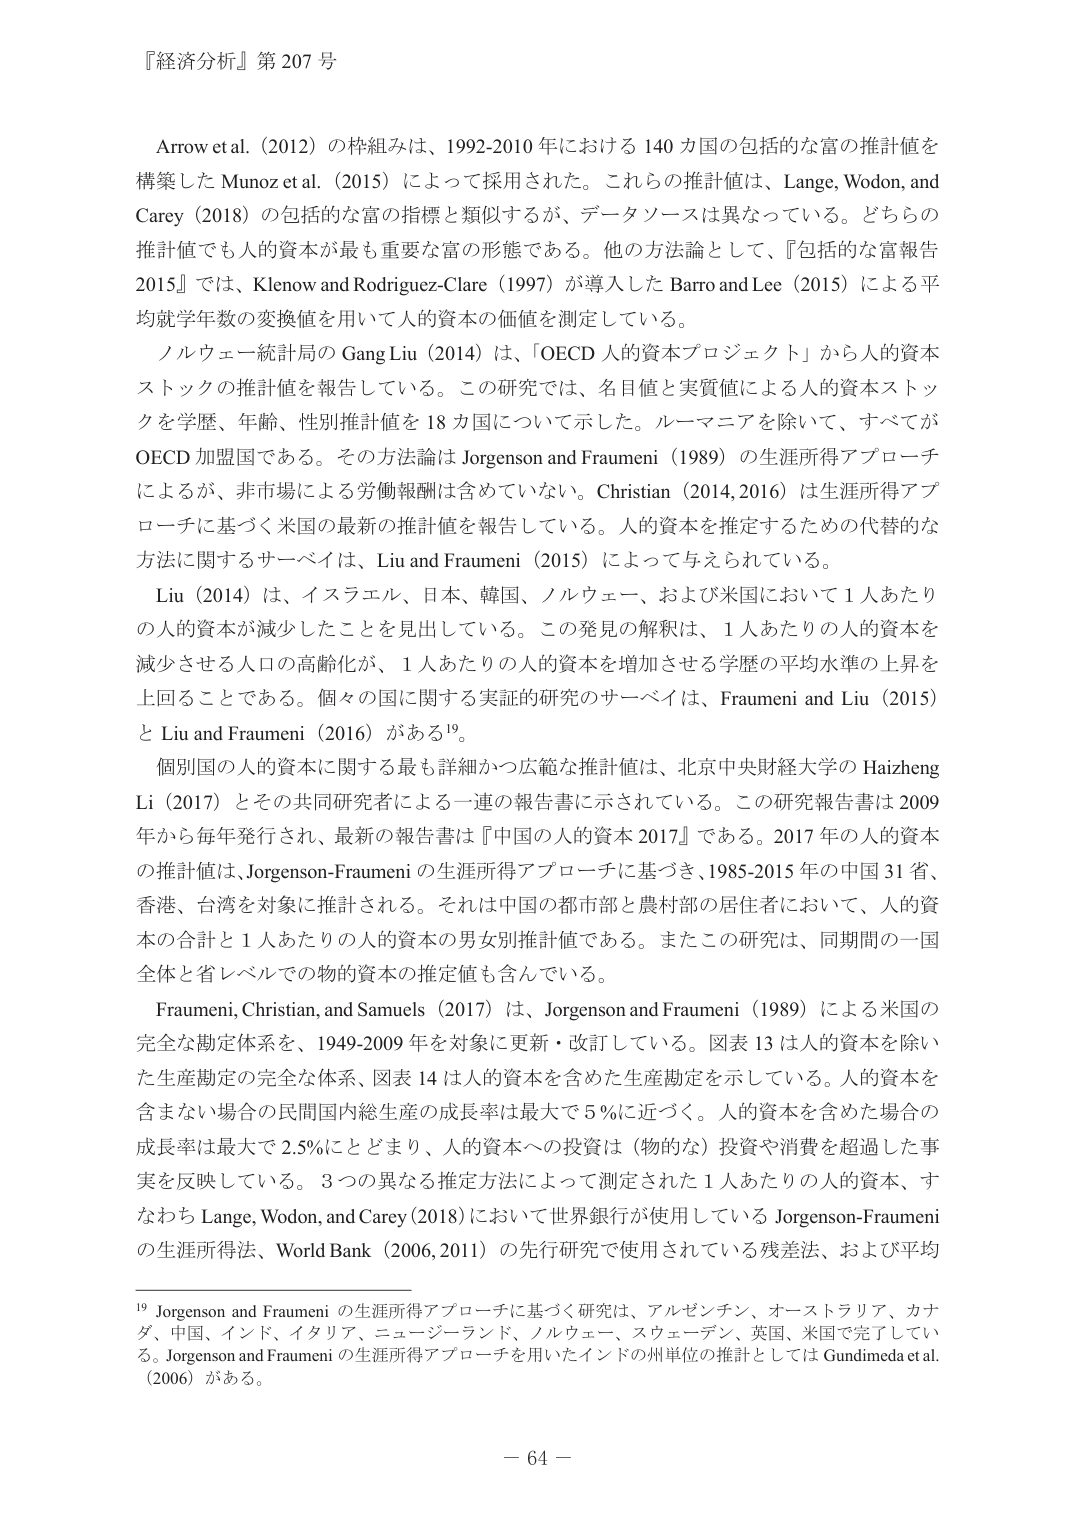
『経済分析』第 207 号

Arrow et al.（2012）の枠組みは、1992-2010 年における 140 カ国の包括的な富の推計値を構築した Munoz et al.（2015）によって採用された。これらの推計値は、Lange, Wodon, and Carey（2018）の包括的な富の指標と類似するが、データソースは異なっている。どちらの推計値でも人的資本が最も重要な富の形態である。他の方法論として、『包括的な富報告 2015』では、Klenow and Rodriguez-Clare（1997）が導入した Barro and Lee（2015）による平均就学年数の変換値を用いて人的資本の価値を測定している。

ノルウェー統計局の Gang Liu（2014）は、「OECD 人的資本プロジェクト」から人的資本ストックの推計値を報告している。この研究では、名目値と実質値による人的資本ストックを学歴、年齢、性別推計値を 18 カ国について示した。ルーマニアを除いて、すべてが OECD 加盟国である。その方法論は Jorgenson and Fraumeni（1989）の生涯所得アプローチによるが、非市場による労働報酬は含めていない。Christian（2014,2016）は生涯所得アプローチに基づく米国の最新の推計値を報告している。人的資本を推定するための代替的な方法に関するサーベイは、Liu and Fraumeni（2015）によって与えられている。

Liu（2014）は、イスラエル、日本、韓国、ノルウェー、および米国において 1 人あたりの人的資本が減少したことを見出している。この発見の解釈は、1 人あたりの人的資本を減少させる人口の高齢化が、1 人あたりの人的資本を増加させる学歴の平均水準の上昇を上回ることである。個々の国に関する実証的研究のサーベイは、Fraumeni and Liu（2015）と Liu and Fraumeni（2016）がある¹⁹。

個別国の人的資本に関する最も詳細かつ広範な推計値は、北京中央財経大学の Haizheng Li（2017）とその共同研究者による一連の報告書に示されている。この研究報告書は 2009 年から毎年発行され、最新の報告書は『中国の人的資本 2017』である。2017 年の人的資本の推計値は、Jorgenson-Fraumeni の生涯所得アプローチに基づき、1985-2015 年の中国 31 省、香港、台湾を対象に推計される。それは中国の都市部と農村部の居住者において、人的資本の合計と 1 人あたりの人的資本の男女別推計値である。またこの研究は、同期間の一国全体と省レベルでの物的資本の推定値も含んでいる。

Fraumeni, Christian, and Samuels（2017）は、Jorgenson and Fraumeni（1989）による米国の完全な勘定体系を、1949-2009 年を対象に更新・改訂している。図表 13 は人的資本を除いた生産勘定の完全な体系、図表 14 は人的資本を含めた生産勘定を示している。人的資本を含まない場合の民間国内総生産の成長率は最大で 5％に近づく。人的資本を含めた場合の成長率は最大で 2.5％にとどまり、人的資本への投資は（物的な）投資や消費を超過した事実を反映している。3 つの異なる推定方法によって測定された 1 人あたりの人的資本、すなわち Lange, Wodon, and Carey（2018）において世界銀行が使用している Jorgenson-Fraumeni の生涯所得法、World Bank（2006,2011）の先行研究で使用されている残差法、および平均

¹⁹ Jorgenson and Fraumeni の生涯所得アプローチに基づく研究は、アルゼンチン、オーストラリア、カナダ、中国、インド、イタリア、ニュージーランド、ノルウェー、スウェーデン、英国、米国で完了している。Jorgenson and Fraumeni の生涯所得アプローチを用いたインドの州単位の推計としては Gundimeda et al.（2006）がある。

－ 64 －